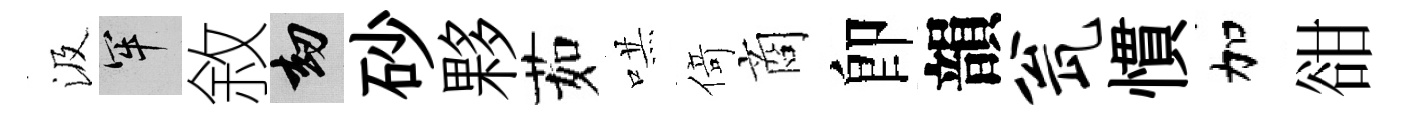
汲牢敘劫砂夥茹哄𠋣商卽韻瓮慣加𧮳